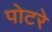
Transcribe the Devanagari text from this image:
पोटरे